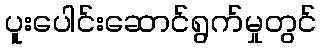
ပူးပေါင်းဆောင်ရွက်မှုတွင်